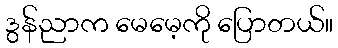
ဒွန်ညာက မေမေ့ကို ပြောတယ်။